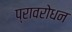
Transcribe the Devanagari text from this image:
प्रावरोधन